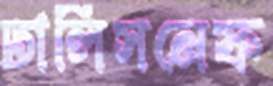
ঢালিসনেফ